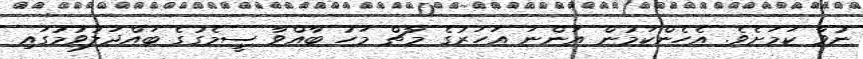
ނުވާ ކަމަށެވެ. އެހެންކަމުން އަންނަ އަހަރުގެ މާޗް މަހު ބާއްވާ ސީމެގުގެ ބައްދަލުވުމުގައި